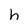
Character: h